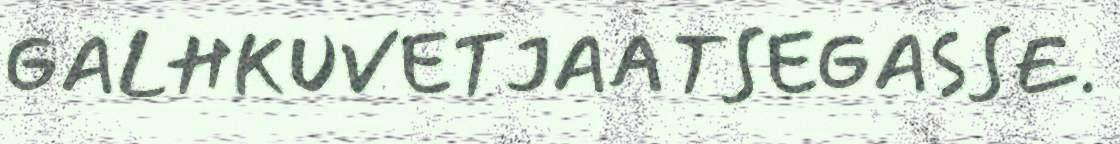
GALHKUVETJAATSEGASSE.